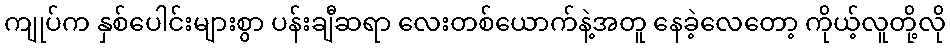
ကျုပ်က နှစ်ပေါင်းများစွာ ပန်းချီဆရာ လေးတစ်ယောက်နဲ့အတူ နေခဲ့လေတော့ ကိုယ့်လူတို့လို